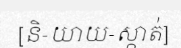
[និ-យាយ-ស្កាត់]